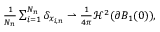
\begin{array} { r } { { \frac { 1 } { N _ { n } } } \sum _ { i = 1 } ^ { N _ { n } } \delta _ { x _ { i , n } } \rightharpoonup { \frac { 1 } { 4 \pi } } \mathcal H ^ { 2 } ( \partial B _ { 1 } ( 0 ) ) , } \end{array}